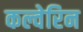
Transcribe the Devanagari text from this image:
कल्वेरिन